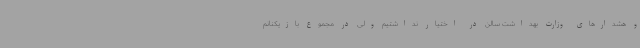
و هشدارهای وزارت بهداشت سالن در اختیار نداشتیم ولی در مجموع بازیکنانم